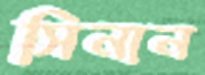
সিনান